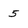
Character: 5